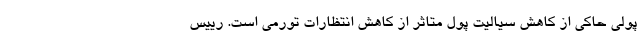
پولی حاکی از کاهش سیالیت پول متاثر از کاهش انتظارات تورمی است. رییس